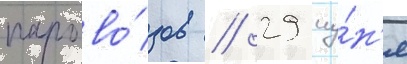
парово́зов // 29 иу́н'я